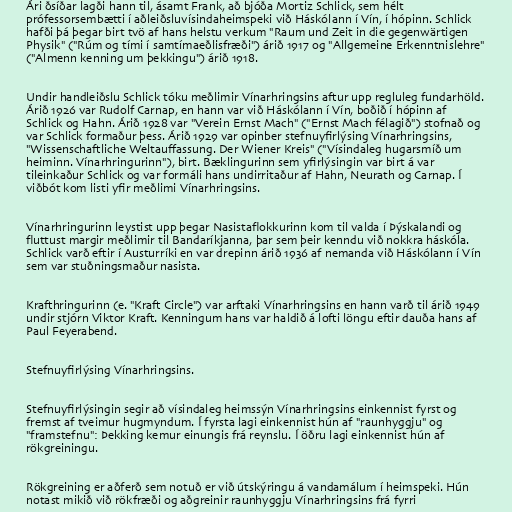
Ári ðsíðar lagði hann til, ásamt Frank, að bjóða Mortiz Schlick, sem hélt
prófessorsembætti í aðleiðsluvísindaheimspeki við Háskólann í Vín, í hópinn. Schlick
hafði þá þegar birt tvö af hans helstu verkum "Raum und Zeit in die gegenwärtigen
Physik" ("Rúm og tími í samtímaeðlisfræði") árið 1917 og "Allgemeine Erkenntnislehre"
("Almenn kenning um þekkingu") árið 1918.

Undir handleiðslu Schlick tóku meðlimir Vínarhringsins aftur upp regluleg fundarhöld.
Árið 1926 var Rudolf Carnap, en hann var við Háskólann í Vín, boðið í hópinn af
Schlick og Hahn. Árið 1928 var "Verein Ernst Mach" ("Ernst Mach félagið") stofnað og
var Schlick formaður þess. Árið 1929 var opinber stefnuyfirlýsing Vínarhringsins,
"Wissenschaftliche Weltauffassung. Der Wiener Kreis" ("Vísindaleg hugarsmíð um
heiminn. Vínarhringurinn"), birt. Bæklingurinn sem yfirlýsingin var birt á var
tileinkaður Schlick og var formáli hans undirritaður af Hahn, Neurath og Carnap. Í
viðbót kom listi yfir meðlimi Vínarhringsins.

Vínarhringurinn leystist upp þegar Nasistaflokkurinn kom til valda í Þýskalandi og
fluttust margir meðlimir til Bandaríkjanna, þar sem þeir kenndu við nokkra háskóla.
Schlick varð eftir í Austurríki en var drepinn árið 1936 af nemanda við Háskólann í Vín
sem var stuðningsmaður nasista.

Krafthringurinn (e. "Kraft Circle") var arftaki Vínarhringsins en hann varð til árið 1949
undir stjórn Viktor Kraft. Kenningum hans var haldið á lofti löngu eftir dauða hans af
Paul Feyerabend.

Stefnuyfirlýsing Vínarhringsins.

Stefnuyfirlýsingin segir að vísindaleg heimssýn Vínarhringsins einkennist fyrst og
fremst af tveimur hugmyndum. Í fyrsta lagi einkennist hún af "raunhyggju" og
"framstefnu": Þekking kemur einungis frá reynslu. Í öðru lagi einkennist hún af
rökgreiningu.

Rökgreining er aðferð sem notuð er við útskýringu á vandamálum í heimspeki. Hún
notast mikið við rökfræði og aðgreinir raunhyggju Vínarhringsins frá fyrri